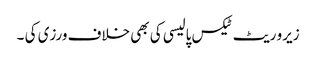
زیرو ریٹ ٹیکس پالیسی کی بھی خلاف ورزی کی ۔